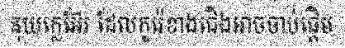
នុយក្លេអ៊ែរ ដែលកូរ៉េខាងជើងអាចចាប់ផ្តើម